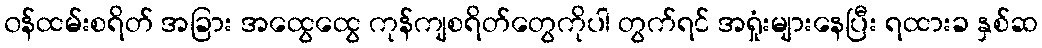
၀န်ထမ်းစရိတ် အခြား အထွေထွေ ကုန်ကျစရိတ်တွေကိုပါ တွက်ရင် အရှုံးများနေပြီး ရထားခ နှစ်ဆ